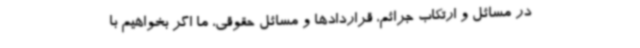
در مسائل و ارتکاب جرائم، قراردادها و مسائل حقوقی، ما اگر بخواهیم با